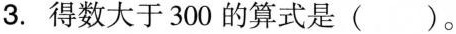
3.得数大于300的算式是()。